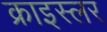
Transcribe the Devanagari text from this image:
क्राइस्लर